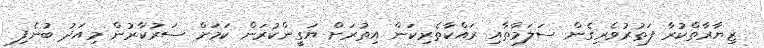
ޒިޔާރާތްކުރާ ފަތުރުވެރިގެން ސަލަމާތާއި ރައްކާތެރިކަން އިތުރަށް ޔަގީންކުރަން ކަމަށް ސަރުކާރުން މިއަދު ބުނެފި